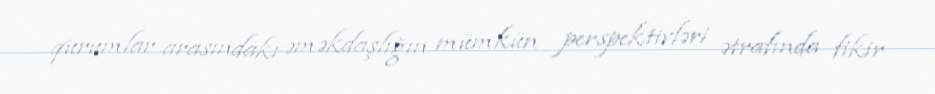
qurumlar arasındakı əməkdaşlığın mümkün perspektivləri ətrafında fikir